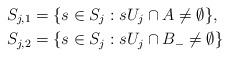
LaTeX: \begin{align*}S_{j,1} &= \{ s\in S_j : sU_j \cap A \neq \emptyset \} , \\S_{j,2} &= \{ s\in S_j : sU_j \cap B_- \neq \emptyset \}\end{align*}